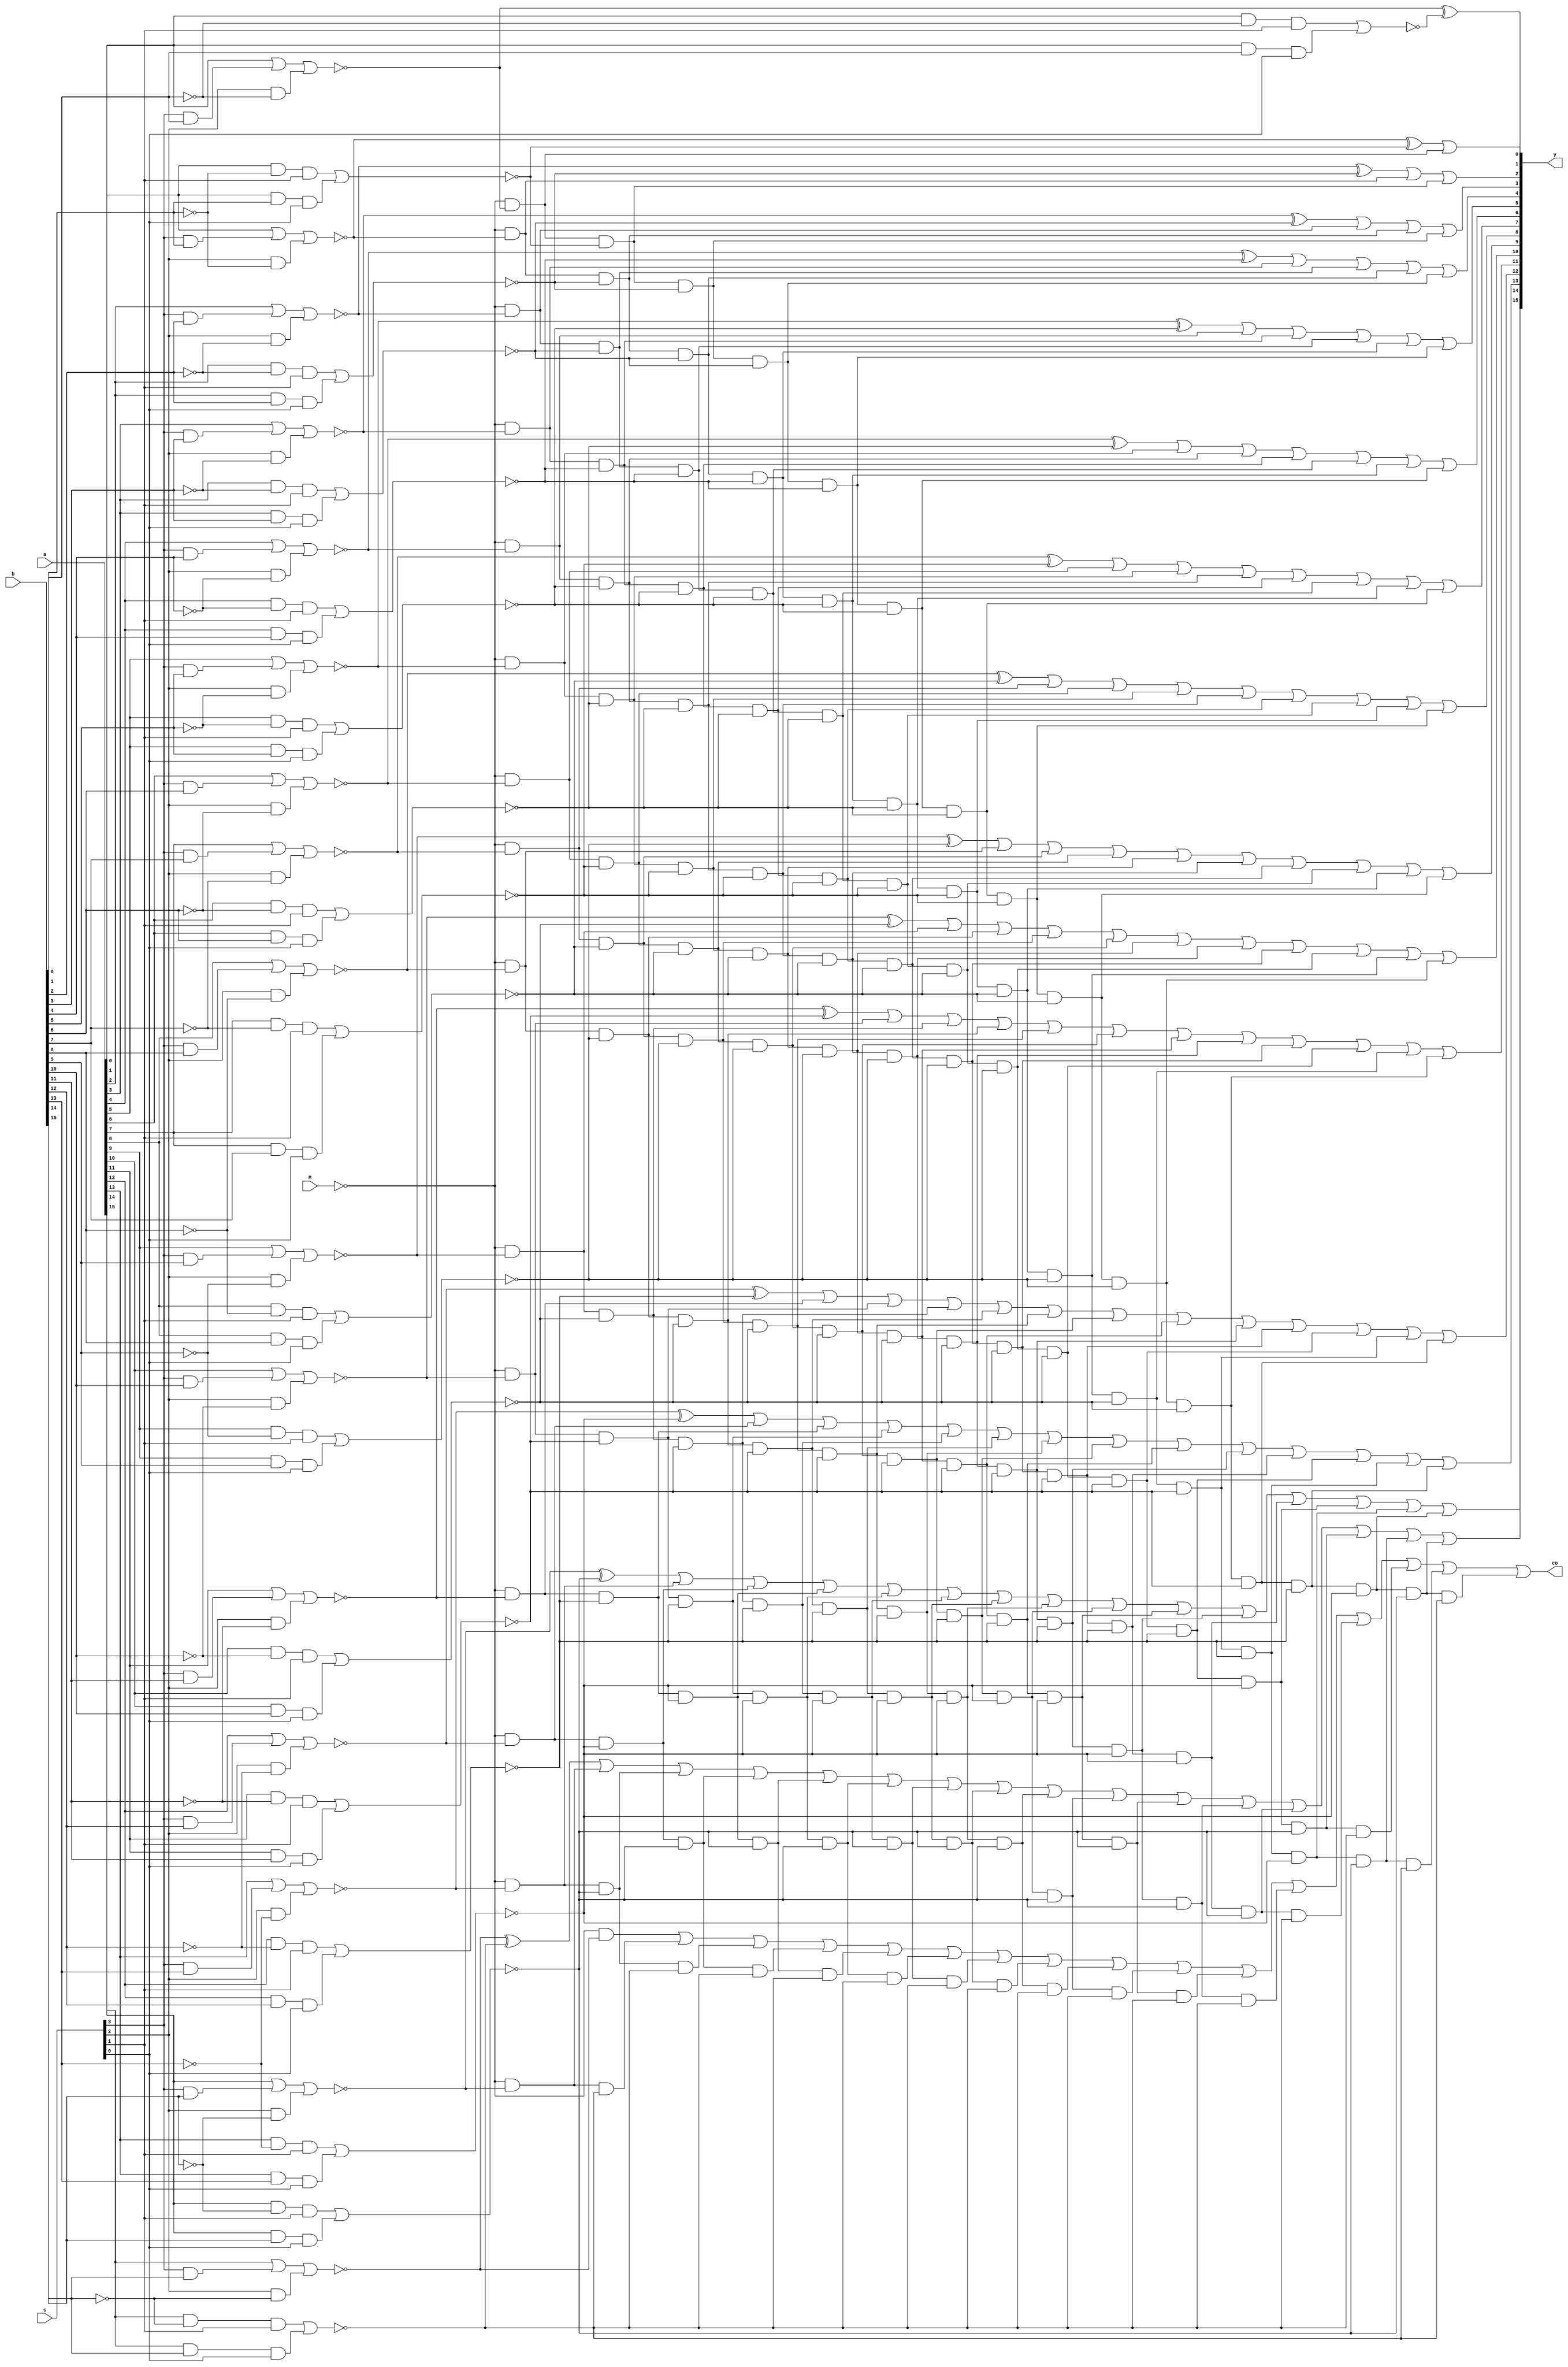
module alu74181(
    input [0:3]s,
    input M,
    input [15:0] a, b,
    output reg [15:0] y,
    output reg co
);

reg [15:0] p, g;

always @(*) begin

    p[0] <= ~(a[0] | (s[0] & b[0]) | (s[1] & ~b[0]));
    p[1] <= ~(a[1] | (s[0] & b[1]) | (s[1] & ~b[1]));
    p[2] <= ~(a[2] | (s[0] & b[2]) | (s[1] & ~b[2]));
    p[3] <= ~(a[3] | (s[0] & b[3]) | (s[1] & ~b[3]));
    p[4] <= ~(a[4] | (s[0] & b[4]) | (s[1] & ~b[4]));
    p[5] <= ~(a[5] | (s[0] & b[5]) | (s[1] & ~b[5]));
    p[6] <= ~(a[6] | (s[0] & b[6]) | (s[1] & ~b[6]));
    p[7] <= ~(a[7] | (s[0] & b[7]) | (s[1] & ~b[7]));
    p[8] <= ~(a[8] | (s[0] & b[8]) | (s[1] & ~b[8]));
    p[9] <= ~(a[9] | (s[0] & b[9]) | (s[1] & ~b[9]));
    p[10] <= ~(a[10] | (s[0] & b[10]) | (s[1] & ~b[10]));
    p[11] <= ~(a[11] | (s[0] & b[11]) | (s[1] & ~b[11]));
    p[12] <= ~(a[12] | (s[0] & b[12]) | (s[1] & ~b[12]));
    p[13] <= ~(a[13] | (s[0] & b[13]) | (s[1] & ~b[13]));
    p[14] <= ~(a[14] | (s[0] & b[14]) | (s[1] & ~b[14]));
    p[15] <= ~(a[15] | (s[0] & b[15]) | (s[1] & ~b[15]));

    g[0] <= ~((a[0] & ~b[0] & s[2]) | (a[0] & b[0] & s[3]));
    g[1] <= ~((a[1] & ~b[1] & s[2]) | (a[1] & b[1] & s[3]));
    g[2] <= ~((a[2] & ~b[2] & s[2]) | (a[2] & b[2] & s[3]));
    g[3] <= ~((a[3] & ~b[3] & s[2]) | (a[3] & b[3] & s[3]));
    g[4] <= ~((a[4] & ~b[4] & s[2]) | (a[4] & b[4] & s[3]));
    g[5] <= ~((a[5] & ~b[5] & s[2]) | (a[5] & b[5] & s[3]));
    g[6] <= ~((a[6] & ~b[6] & s[2]) | (a[6] & b[6] & s[3]));
    g[7] <= ~((a[7] & ~b[7] & s[2]) | (a[7] & b[7] & s[3]));
    g[8] <= ~((a[8] & ~b[8] & s[2]) | (a[8] & b[8] & s[3]));
    g[9] <= ~((a[9] & ~b[9] & s[2]) | (a[9] & b[9] & s[3]));
    g[10] <= ~((a[10] & ~b[10] & s[2]) | (a[10] & b[10] & s[3]));
    g[11] <= ~((a[11] & ~b[11] & s[2]) | (a[11] & b[11] & s[3]));
    g[12] <= ~((a[12] & ~b[12] & s[2]) | (a[12] & b[12] & s[3]));
    g[13] <= ~((a[13] & ~b[13] & s[2]) | (a[13] & b[13] & s[3]));
    g[14] <= ~((a[14] & ~b[14] & s[2]) | (a[14] & b[14] & s[3]));
    g[15] <= ~((a[15] & ~b[15] & s[2]) | (a[15] & b[15] & s[3]));
    g[16] <= ~((a[16] & ~b[16] & s[2]) | (a[16] & b[16] & s[3]));

    y[0]  = (p[0]  ^ g[0] );
    y[1]  = (p[1]  ^ g[1] ) | (~M & p[0]);
    y[2]  = (p[2]  ^ g[2] ) | (~M & p[1]) | (~M & p[0] & g[1]);
    y[3]  = (p[3]  ^ g[3] ) | (~M & p[2]) | (~M & p[1] & g[2]) | (~M & p[0] & g[1] & g[2]);
    y[4]  = (p[4]  ^ g[4] ) | (~M & p[3]) | (~M & p[2] & g[3]) | (~M & p[1] & g[2] & g[3]) | (~M & p[0] & g[1] & g[2] & g[3]);
    y[5]  = (p[5]  ^ g[5] ) | (~M & p[4]) | (~M & p[3] & g[4]) | (~M & p[2] & g[3] & g[4]) | (~M & p[1] & g[2] & g[3] & g[4]) | (~M & p[0] & g[1] & g[2] & g[3] & g[4]);
    y[6]  = (p[6]  ^ g[6] ) | (~M & p[5]) | (~M & p[4] & g[5]) | (~M & p[3] & g[4] & g[5]) | (~M & p[2] & g[3] & g[4] & g[5]) | (~M & p[1] & g[2] & g[3] & g[4] & g[5]) | (~M & p[0] & g[1] & g[2] & g[3] & g[4] & g[5]);
    y[7]  = (p[7]  ^ g[7] ) | (~M & p[6]) | (~M & p[5] & g[6]) | (~M & p[4] & g[5] & g[6]) | (~M & p[3] & g[4] & g[5] & g[6]) | (~M & p[2] & g[3] & g[4] & g[5] & g[6]) | (~M & p[1] & g[2] & g[3] & g[4] & g[5] & g[6]) | (~M & p[0] & g[1] & g[2] & g[3] & g[4] & g[5] & g[6]);
    y[8]  = (p[8]  ^ g[8] ) | (~M & p[7]) | (~M & p[6] & g[7]) | (~M & p[5] & g[6] & g[7]) | (~M & p[4] & g[5] & g[6] & g[7]) | (~M & p[3] & g[4] & g[5] & g[6] & g[7]) | (~M & p[2] & g[3] & g[4] & g[5] & g[6] & g[7]) | (~M & p[1] & g[2] & g[3] & g[4] & g[5] & g[6] & g[7]) | (~M & p[0] & g[1] & g[2] & g[3] & g[4] & g[5] & g[6] & g[7]);
    y[9]  = (p[9]  ^ g[9] ) | (~M & p[8]) | (~M & p[7] & g[8]) | (~M & p[6] & g[7] & g[8]) | (~M & p[5] & g[6] & g[7] & g[8]) | (~M & p[4] & g[5] & g[6] & g[7] & g[8]) | (~M & p[3] & g[4] & g[5] & g[6] & g[7] & g[8]) | (~M & p[2] & g[3] & g[4] & g[5] & g[6] & g[7] & g[8]) | (~M & p[1] & g[2] & g[3] & g[4] & g[5] & g[6] & g[7] & g[8]) | (~M & p[0] & g[1] & g[2] & g[3] & g[4] & g[5] & g[6] & g[7] & g[8]);
    y[10] = (p[10] ^ g[10]) | (~M & p[9]) | (~M & p[8] & g[9]) | (~M & p[7] & g[8] & g[9]) | (~M & p[6] & g[7] & g[8] & g[9]) | (~M & p[5] & g[6] & g[7] & g[8] & g[9]) | (~M & p[4] & g[5] & g[6] & g[7] & g[8] & g[9]) | (~M & p[3] & g[4] & g[5] & g[6] & g[7] & g[8] & g[9]) | (~M & p[2] & g[3] & g[4] & g[5] & g[6] & g[7] & g[8] & g[9]) | (~M & p[1] & g[2] & g[3] & g[4] & g[5] & g[6] & g[7] & g[8] & g[9]) | (~M & p[0] & g[1] & g[2] & g[3] & g[4] & g[5] & g[6] & g[7] & g[8] & g[9]);
    y[11] = (p[11] ^ g[11]) | (~M & p[10]) | (~M & p[9] & g[10]) | (~M & p[8] & g[9] & g[10]) | (~M & p[7] & g[8] & g[9] & g[10]) | (~M & p[6] & g[7] & g[8] & g[9] & g[10]) | (~M & p[5] & g[6] & g[7] & g[8] & g[9] & g[10]) | (~M & p[4] & g[5] & g[6] & g[7] & g[8] & g[9] & g[10]) | (~M & p[3] & g[4] & g[5] & g[6] & g[7] & g[8] & g[9] & g[10]) | (~M & p[2] & g[3] & g[4] & g[5] & g[6] & g[7] & g[8] & g[9] & g[10]) | (~M & p[1] & g[2] & g[3] & g[4] & g[5] & g[6] & g[7] & g[8] & g[9] & g[10]) | (~M & p[0] & g[1] & g[2] & g[3] & g[4] & g[5] & g[6] & g[7] & g[8] & g[9] & g[10]);
    y[12] = (p[12] ^ g[12]) | (~M & p[11]) | (~M & p[10] & g[11]) | (~M & p[9] & g[10] & g[11]) | (~M & p[8] & g[9] & g[10] & g[11]) | (~M & p[7] & g[8] & g[9] & g[10] & g[11]) | (~M & p[6] & g[7] & g[8] & g[9] & g[10] & g[11]) | (~M & p[5] & g[6] & g[7] & g[8] & g[9] & g[10] & g[11]) | (~M & p[4] & g[5] & g[6] & g[7] & g[8] & g[9] & g[10] & g[11]) | (~M & p[3] & g[4] & g[5] & g[6] & g[7] & g[8] & g[9] & g[10] & g[11]) | (~M & p[2] & g[3] & g[4] & g[5] & g[6] & g[7] & g[8] & g[9] & g[10] & g[11]) | (~M & p[1] & g[2] & g[3] & g[4] & g[5] & g[6] & g[7] & g[8] & g[9] & g[10] & g[11]) | (~M & p[0] & g[1] & g[2] & g[3] & g[4] & g[5] & g[6] & g[7] & g[8] & g[9] & g[10] & g[11]);
    y[13] = (p[13] ^ g[13]) | (~M & p[12]) | (~M & p[11] & g[12]) | (~M & p[10] & g[11] & g[12]) | (~M & p[9] & g[10] & g[11] & g[12]) | (~M & p[8] & g[9] & g[10] & g[11] & g[12]) | (~M & p[7] & g[8] & g[9] & g[10] & g[11] & g[12]) | (~M & p[6] & g[7] & g[8] & g[9] & g[10] & g[11] & g[12]) | (~M & p[5] & g[6] & g[7] & g[8] & g[9] & g[10] & g[11] & g[12]) | (~M & p[4] & g[5] & g[6] & g[7] & g[8] & g[9] & g[10] & g[11] & g[12]) | (~M & p[3] & g[4] & g[5] & g[6] & g[7] & g[8] & g[9] & g[10] & g[11] & g[12]) | (~M & p[2] & g[3] & g[4] & g[5] & g[6] & g[7] & g[8] & g[9] & g[10] & g[11] & g[12]) | (~M & p[1] & g[2] & g[3] & g[4] & g[5] & g[6] & g[7] & g[8] & g[9] & g[10] & g[11] & g[12]) | (~M & p[0] & g[1] & g[2] & g[3] & g[4] & g[5] & g[6] & g[7] & g[8] & g[9] & g[10] & g[11] & g[12]);
    y[14] = (p[14] ^ g[14]) | (~M & p[13]) | (~M & p[12] & g[13]) | (~M & p[11] & g[12] & g[13]) | (~M & p[10] & g[11] & g[12] & g[13]) | (~M & p[9] & g[10] & g[11] & g[12] & g[13]) | (~M & p[8] & g[9] & g[10] & g[11] & g[12] & g[13]) | (~M & p[7] & g[8] & g[9] & g[10] & g[11] & g[12] & g[13]) | (~M & p[6] & g[7] & g[8] & g[9] & g[10] & g[11] & g[12] & g[13]) | (~M & p[5] & g[6] & g[7] & g[8] & g[9] & g[10] & g[11] & g[12] & g[13]) | (~M & p[4] & g[5] & g[6] & g[7] & g[8] & g[9] & g[10] & g[11] & g[12] & g[13]) | (~M & p[3] & g[4] & g[5] & g[6] & g[7] & g[8] & g[9] & g[10] & g[11] & g[12] & g[13]) | (~M & p[2] & g[3] & g[4] & g[5] & g[6] & g[7] & g[8] & g[9] & g[10] & g[11] & g[12] & g[13]) | (~M & p[1] & g[2] & g[3] & g[4] & g[5] & g[6] & g[7] & g[8] & g[9] & g[10] & g[11] & g[12] & g[13]) | (~M & p[0] & g[1] & g[2] & g[3] & g[4] & g[5] & g[6] & g[7] & g[8] & g[9] & g[10] & g[11] & g[12] & g[13]);
    y[15] = (p[15] ^ g[15]) | (~M & p[14]) | (~M & p[13] & g[14]) | (~M & p[12] & g[13] & g[14]) | (~M & p[11] & g[12] & g[13] & g[14]) | (~M & p[10] & g[11] & g[12] & g[13] & g[14]) | (~M & p[9] & g[10] & g[11] & g[12] & g[13] & g[14]) | (~M & p[8] & g[9] & g[10] & g[11] & g[12] & g[13] & g[14]) | (~M & p[7] & g[8] & g[9] & g[10] & g[11] & g[12] & g[13] & g[14]) | (~M & p[6] & g[7] & g[8] & g[9] & g[10] & g[11] & g[12] & g[13] & g[14]) | (~M & p[5] & g[6] & g[7] & g[8] & g[9] & g[10] & g[11] & g[12] & g[13] & g[14]) | (~M & p[4] & g[5] & g[6] & g[7] & g[8] & g[9] & g[10] & g[11] & g[12] & g[13] & g[14]) | (~M & p[3] & g[4] & g[5] & g[6] & g[7] & g[8] & g[9] & g[10] & g[11] & g[12] & g[13] & g[14]) | (~M & p[2] & g[3] & g[4] & g[5] & g[6] & g[7] & g[8] & g[9] & g[10] & g[11] & g[12] & g[13] & g[14]) | (~M & p[1] & g[2] & g[3] & g[4] & g[5] & g[6] & g[7] & g[8] & g[9] & g[10] & g[11] & g[12] & g[13] & g[14]) | (~M & p[0] & g[1] & g[2] & g[3] & g[4] & g[5] & g[6] & g[7] & g[8] & g[9] & g[10] & g[11] & g[12] & g[13] & g[14]);
    co = (~M & p[15]) | (~M & p[14] & g[15]) | (~M & p[13] & g[14] & g[15]) | (~M & p[12] & g[13] & g[14] & g[15]) | (~M & p[11] & g[12] & g[13] & g[14] & g[15]) | (~M & p[10] & g[11] & g[12] & g[13] & g[14] & g[15]) | (~M & p[9] & g[10] & g[11] & g[12] & g[13] & g[14] & g[15]) | (~M & p[8] & g[9] & g[10] & g[11] & g[12] & g[13] & g[14] & g[15]) | (~M & p[7] & g[8] & g[9] & g[10] & g[11] & g[12] & g[13] & g[14] & g[15]) | (~M & p[6] & g[7] & g[8] & g[9] & g[10] & g[11] & g[12] & g[13] & g[14] & g[15]) | (~M & p[5] & g[6] & g[7] & g[8] & g[9] & g[10] & g[11] & g[12] & g[13] & g[14] & g[15]) | (~M & p[4] & g[5] & g[6] & g[7] & g[8] & g[9] & g[10] & g[11] & g[12] & g[13] & g[14] & g[15]) | (~M & p[3] & g[4] & g[5] & g[6] & g[7] & g[8] & g[9] & g[10] & g[11] & g[12] & g[13] & g[14] & g[15]) | (~M & p[2] & g[3] & g[4] & g[5] & g[6] & g[7] & g[8] & g[9] & g[10] & g[11] & g[12] & g[13] & g[14] & g[15]) | (~M & p[1] & g[2] & g[3] & g[4] & g[5] & g[6] & g[7] & g[8] & g[9] & g[10] & g[11] & g[12] & g[13] & g[14] & g[15]) | (~M & p[0] & g[1] & g[2] & g[3] & g[4] & g[5] & g[6] & g[7] & g[8] & g[9] & g[10] & g[11] & g[12] & g[13] & g[14] & g[15]);
end
endmodule // alu74181